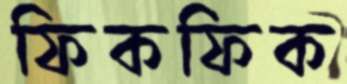
ফিকফিক